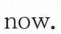
now.